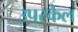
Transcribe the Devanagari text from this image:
उपस्केल